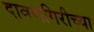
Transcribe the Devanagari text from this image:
दावणगिरीच्या